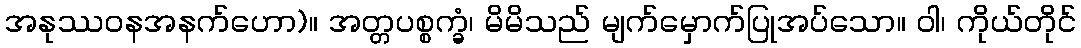
အနုဿဝနအနက်ဟော)။ အတ္တပစ္စက္ခံ၊ မိမိသည် မျက်မှောက်ပြုအပ်သော။ ဝါ၊ ကိုယ်တိုင်